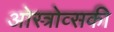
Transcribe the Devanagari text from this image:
ओस्त्रोव्सकी